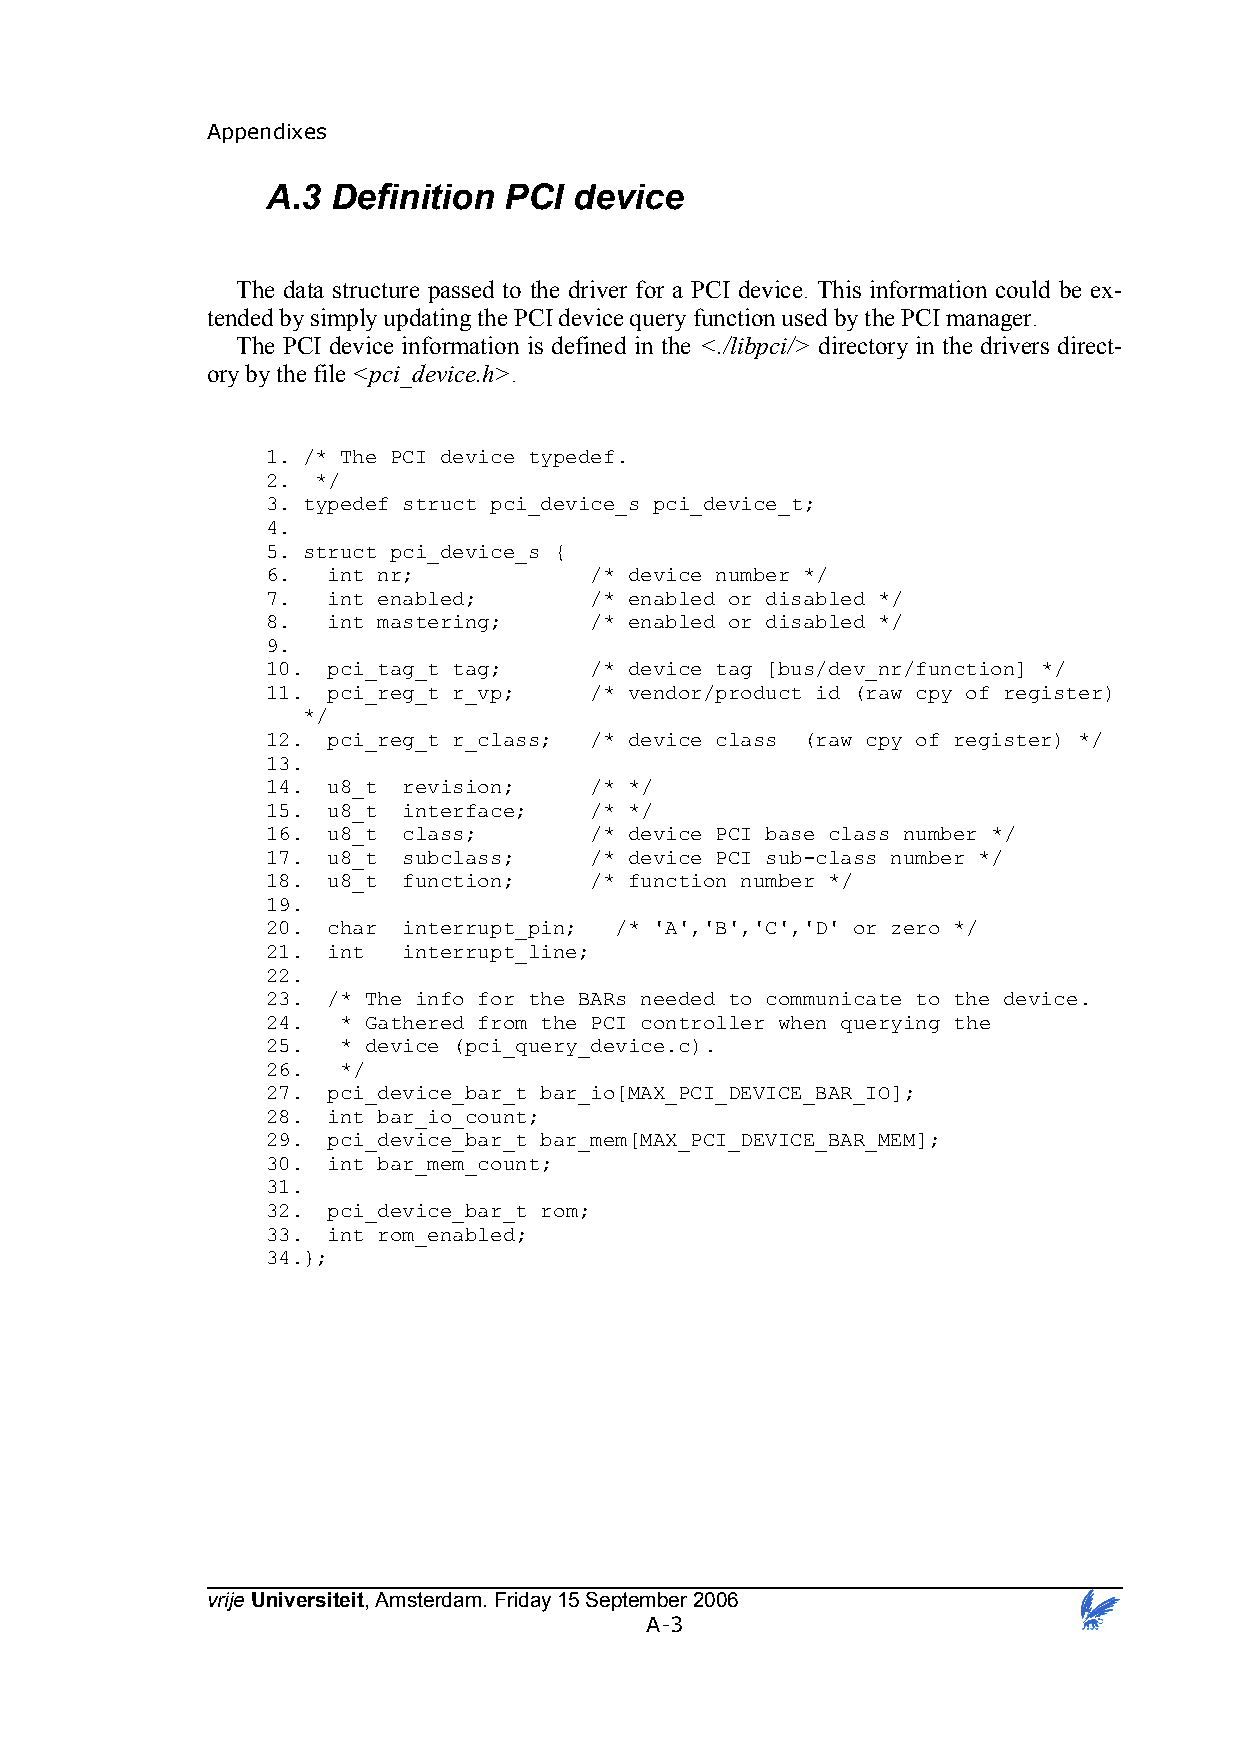
Appendixes
 A.3 Definition PCI  device
 The data structure passed to the driver for a PCI device. This information could be ex-
 tended by simply updating the PCI device query function used by the PCI manager.
 The PCI device information is defined in the <./libpci/> directory in the drivers direct-
 ory by the file <pci_device.h>.
 1. /* The PCI device typedef.
 2. */
 3. typedef struct pci_device_s pci_device_t;
 4.
 5. struct pci_device_s {
 6.  int nr;          /* device number */
 7.  int enabled;     /* enabled or disabled */
 8.  int mastering;   /* enabled or disabled */
 9.
 10. pci_tag_t tag;   /* device tag [bus/dev_nr/function] */
 11. pci_reg_t r_vp;  /* vendor/product id (raw cpy of register)
 */
 12. pci_reg_t r_class; /* device class (raw cpy of register) */
 13.
 14. u8_t revision;   /* */
 15. u8_t interface;  /* */
 16. u8_t class;      /* device PCI base class number */
 17. u8_t subclass;   /* device PCI sub-class number */
 18. u8_t function;   /* function number */
 19.
 20. char interrupt_pin; /* 'A','B','C','D' or zero */
 21. int  interrupt_line;
 22.
 23. /* The info for the BARs needed to communicate to the device.
 24.  * Gathered from the PCI controller when querying the
 25.  * device (pci_query_device.c).
 26.  */
 27. pci_device_bar_t bar_io[MAX_PCI_DEVICE_BAR_IO];
 28. int bar_io_count;
 29. pci_device_bar_t bar_mem[MAX_PCI_DEVICE_BAR_MEM];
 30. int bar_mem_count;
 31.
 32. pci_device_bar_t rom;
 33. int rom_enabled;
 34.};
 vrije Universiteit, Amsterdam. Friday 15 September 2006
 A-3